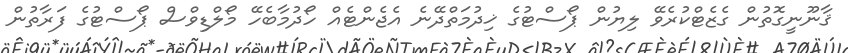
ޤާނޫނީގޮތުން ގެޒެޓްކުރެވޭ ލިޔުން ޕޯސްޓުގެ ޚިދުމަތްދޭނެ އެޖެންޓެއް ހޯދުމާބެހޭ މޯލްޑިވްސް ޕޯސްޓުގެ ފަރާތުން